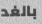
بالغد